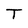
Character: T